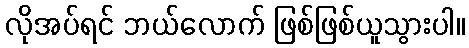
လိုအပ်ရင် ဘယ်လောက် ဖြစ်ဖြစ်ယူသွားပါ။